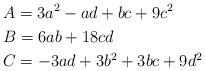
LaTeX: \begin{align*}&A=3a^2-ad+bc+9c^2\\&B=6ab+18cd\\&C=-3ad+3b^2+3bc+9d^2\end{align*}